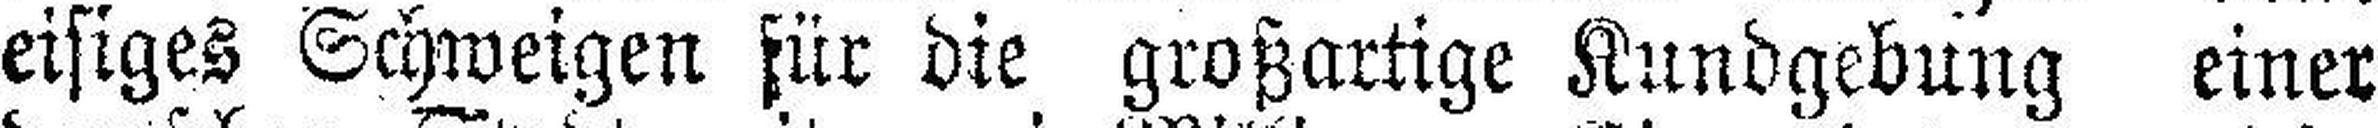
eisiges Schweigen für die großartige Kundgebung einer